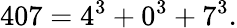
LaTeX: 407=4^{3}+0^{3}+7^{3}.